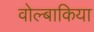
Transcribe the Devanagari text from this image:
वोल्बाकिया